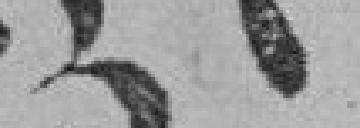
372